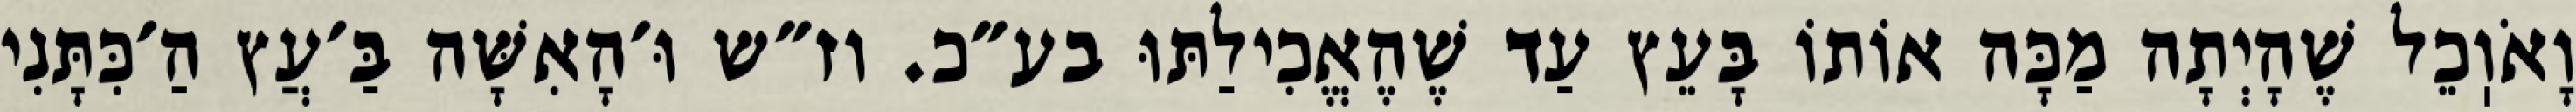
וָאֹוֽכֵל שֶׁהָיְתָה מַכָּה אוֹתוֹ בָּעֵץ עַד שֶׁהֶאֱכִילַתּוּ בע״כ. וז״ש וּ׳הָאִשָּׁה בַּ׳עֲץ הַ׳כִּתָּנִי